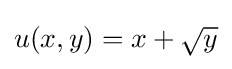
u(x,y)=x+{\sqrt {y}}